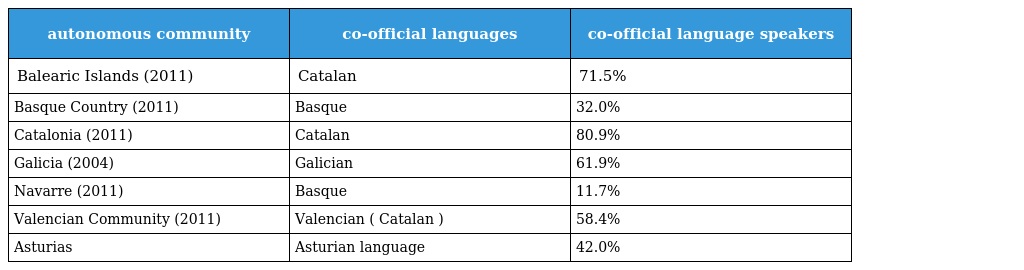
| autonomous community | co-official languages | co-official language speakers |
 | --- | --- | --- |
 | Balearic Islands (2011) | Catalan | 71.5% |
 | Basque Country (2011) | Basque | 32.0% |
 | Catalonia (2011) | Catalan | 80.9% |
 | Galicia (2004) | Galician | 61.9% |
 | Navarre (2011) | Basque | 11.7% |
 | Valencian Community (2011) | Valencian ( Catalan ) | 58.4% |
 | Asturias | Asturian language | 42.0% |